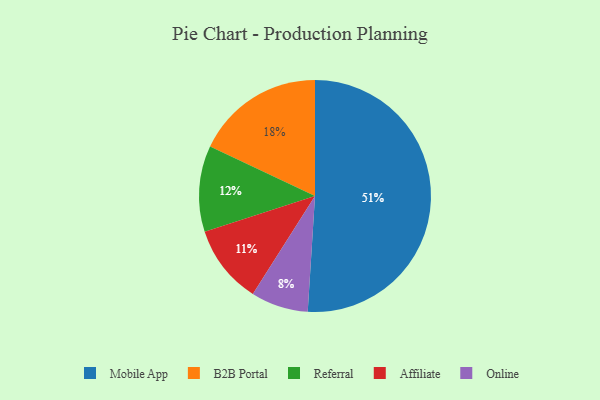
{"axis": {"x": "Category", "y": "Percentage"}, "legend": ["Affiliate", "B2B Portal", "Mobile App", "Online", "Referral"], "data": [{"x": "Mobile App", "y": 51, "type": "Mobile App"}, {"x": "Online", "y": 8, "type": "Online"}, {"x": "Referral", "y": 12, "type": "Referral"}, {"x": "Affiliate", "y": 11, "type": "Affiliate"}, {"x": "B2B Portal", "y": 18, "type": "B2B Portal"}]}